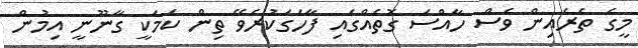
މީގެ ތެރެއިން ވެސް ހާއްސަ ގޮތެއްގައި ފާހަގަކުރެވޭ ތިން ކަމަކީ ގާނޫނީ އިމުން